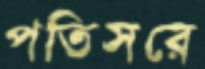
পতিসরে